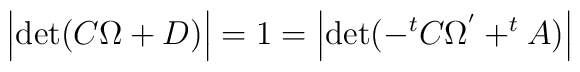
\Bigl|{\rm det}(C\Omega+D)\Bigr|=1=\Bigl|{\rm det}(-^{t} C \Omega^{'}+^t A)\Bigr|